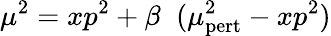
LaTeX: \mu^{2}=xp^{2}+\beta\; \; (\mu_{\mathrm{pert}}^{2}-xp^{2})